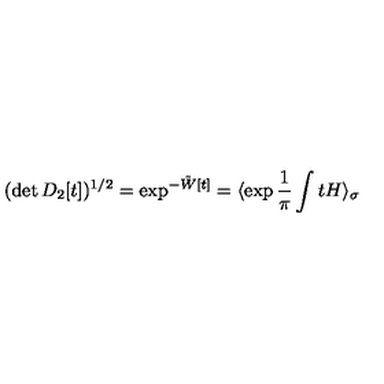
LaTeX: ( \det D _ { 2 } [ t ] ) ^ { 1 / 2 } = \exp ^ { - \tilde { W } [ t ] } = \langle \exp \frac { 1 } { \pi } \int t H \rangle _ { \sigma }